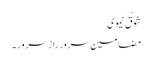
شوقؔ نیموی
مضامینِ سرور راز سرور ۔